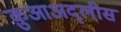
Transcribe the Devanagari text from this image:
क़ुआअद्लीस